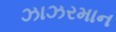
ઝાઝરમાન